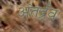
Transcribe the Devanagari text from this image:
अंतर्द्रव